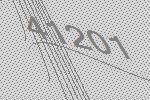
41201